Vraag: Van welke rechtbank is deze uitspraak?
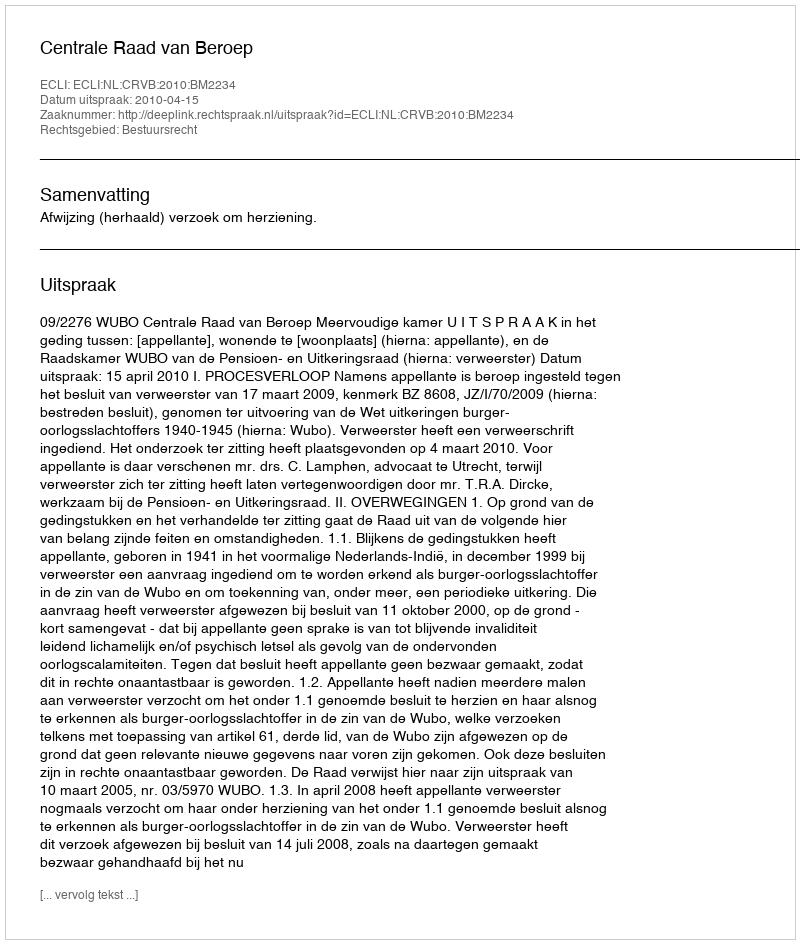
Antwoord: Centrale Raad van Beroep